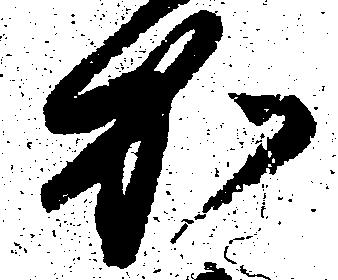
加